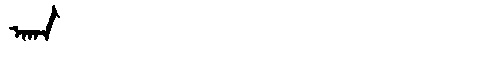
Manchu: ᠠᡴᠠ
Romanization: AKA